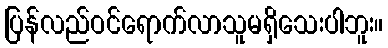
ပြန်လည်ဝင်ရောက်လာသူမရှိသေးပါဘူး။